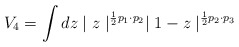
\begin{align*}V_4 = \int dz \mid z \mid^{\frac{1}{2} p_1 \cdot p_2} \mid 1-z\mid^{\frac{1}{2}p_2 \cdot p_3}\end{align*}